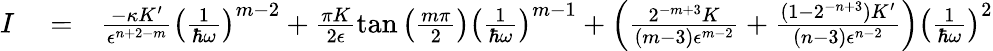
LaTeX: \begin{array}{rlr}{I}&{{}=}&{\frac{-\kappa K^{\prime}}{\epsilon^{n+2-m}}\left(\frac{1}{\hbar\omega}\right)^{m-2}+\frac{\pi K}{2\epsilon}\tan\left(\frac{m\pi}{2}\right)\left(\frac{1}{\hbar\omega}\right)^{m-1}+\left(\frac{2^{-m+3}K}{(m-3)\epsilon^{m-2}}+\frac{(1-2^{-n+3})K^{\prime}}{(n-3)\epsilon^{n-2}}\right)\left(\frac{1}{\hbar\omega}\right)^{2}}\end{array}